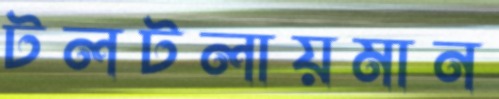
টলটলায়মান